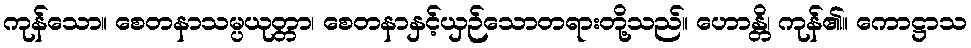
ကုန်သော။ စေတနာသမ္ပယုတ္တာ၊ စေတနာနှင့်ယှဉ်သောတရားတို့သည်။ ဟောန္တိ၊ ကုန်၏။ ကောဋ္ဌာသ